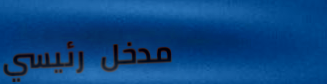
مدخل رئيسي